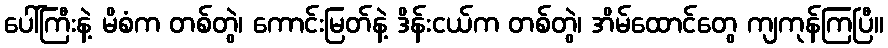
ပေါ်ကြီးနဲ့ မိစံက တစ်တွဲ၊ ကောင်းမြတ်နဲ့ ဒိန်းငယ်က တစ်တွဲ၊ အိမ်ထောင်တွေ ကျကုန်ကြပြီ။